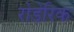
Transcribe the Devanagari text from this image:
रोडेरिक